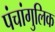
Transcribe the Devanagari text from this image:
पंचांगुलिक